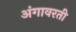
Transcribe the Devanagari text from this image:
अंगावरती